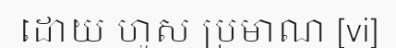
ដោយ ហួស ប្រមាណ [vi]